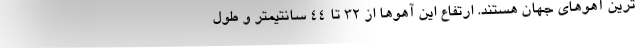
ترین آهوهای جهان هستند. ارتفاع این آهوها از ۳۲ تا ۴۴ سانتیمتر و طول